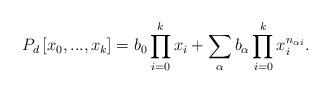
LaTeX: \begin{align*}P_{d}\left[ x_{0},...,x_{k}\right] =b_{0}\prod_{i=0}^{k}x_{i}+\sum_{\alpha}b_{\alpha }\prod_{i=0}^{k}x_{i}^{n_{\alpha i}}. \end{align*}